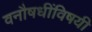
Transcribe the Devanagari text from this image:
वनौषधींविषयी